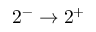
2 ^ { - } \rightarrow 2 ^ { + }